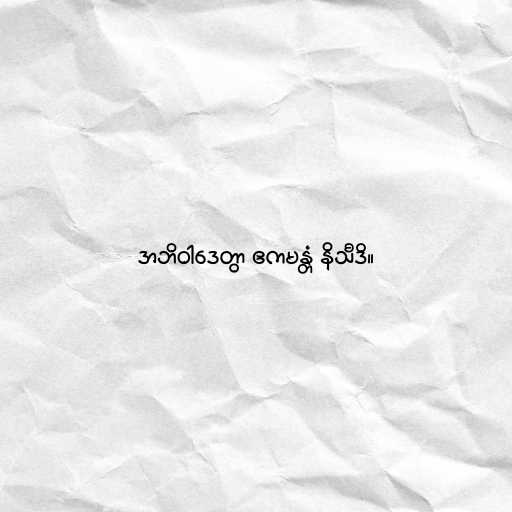
အဘိဝါဒေတွာ ဧကမန္တံ နိသီဒိ။